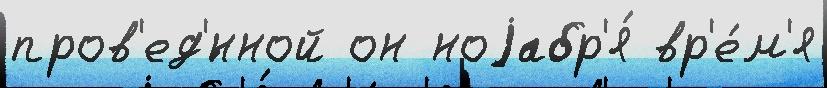
пров'ед'́нной он ноjабр'я́ вр'е́м'я